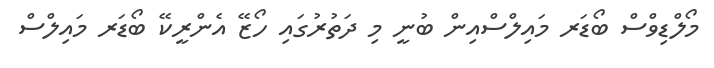
މޯލްޑިވްސް ބޯޑަރ މައިލްސްއިން ބުނީ މި ދަތުރުގައި ހޯޒޭ އެންރީކޭ ބޯޑަރ މައިލްސް